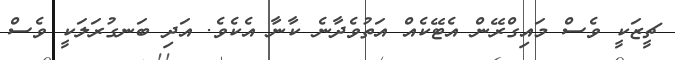
ޗީޒަކީ ވެސް މައިގްރޭން އެޓޭކެއް އަތުވެދާނެ ކާނާ އެކެވެ. އަދި ބަނގުރަލަކީ ވެސް